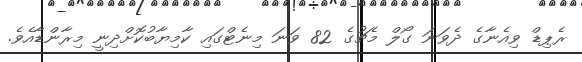
ރެޕިޑް ވިއެނާގެ ދެވަނަ ގޯލް މެޗުގެ 82 ވަނަ މިނެޓްގައި ކާމިޔާބުކޮށްދިނީ މިރާންޑާއެވެ.